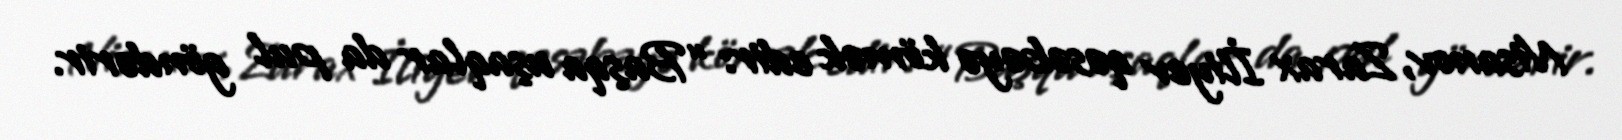
Nisanov, Zarax İliyev qəsəbəyə kömək edir: “Başqa uşaqlar da pul göndərir.